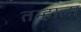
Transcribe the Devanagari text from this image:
तम्हाला